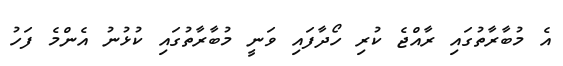
އެ މުބާރާތުގައި ރާއްޖެ ކުރި ހޯދާފައި ވަނީ މުބާރާތުގައި ކުޅުނު އެންމެ ފަހު